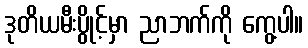
ဒုတိယမီးပွိုင့်မှာ ညာဘက်ကို ကွေ့ပါ။